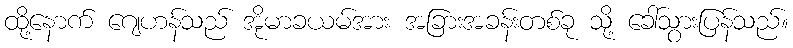
ထို့နောက် ဂျေဟန်သည် အိုမာခယမ်အား အခြားအခန်းတစ်ခု သို့ ခေါ်သွားပြန်သည်။